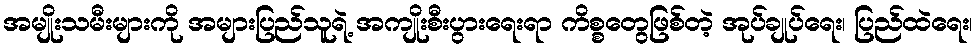
အမျိုးသမီးများကို အများပြည်သူရဲ့ အကျိုးစီးပွားရေးရာ ကိစ္စတွေဖြစ်တဲ့ အုပ်ချုပ်ရေး၊ ပြည်ထဲရေး၊